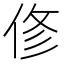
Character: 俢